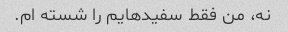
نه، من فقط سفیدهایم را شسته ام.